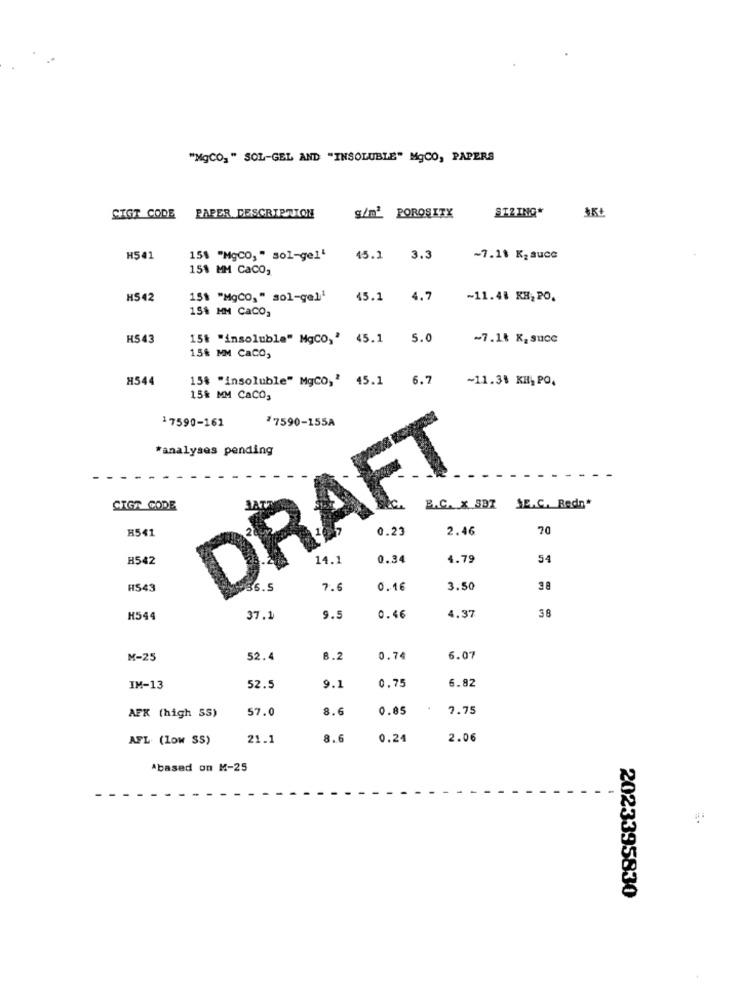
"MgCO, " SOL-GEL AND "INSOLUBLE" MgCO, PAPERS
STRING*
AR
SIGT CODE
PAPER DESCRIPTION
g/m2 POROSITY
H541
15% "MgCO," sol-gel'
45.1 3.3
~7.18 K2 auce
15% MM CaCO,
H542
15% "MgCO," sol-gel1
45.1
4.7
~11.48 KH; PO.
15% MM CaCO,
H543
15t "insoluble" MgCO,' 45.1 5.0
~7.18 K, succ
15% MM CaCO,
H544
15% "insoluble" MgCO,' 45.1 6.7
~11.34 KH, PO,
15% MM CaCO,
17590-161
27590-155A
*analyses pending
DRAFT
CIGT CODE
B.C. X SDZ LE.C. Redn*
H541
0.23
2.46
70
B542
14.1
0.34
4.79
54
H543
36 .!
7.6
0.16
3.50
38
H544
37.1
9.5
0.46
4.37
M-25
52.4
8.2
0.74
6.07
0.75
6.82
IM-13
52.5
9.1
57.0
8.6
0.85
7.75
AFK (high SS)
AFL (low SS)
21.1
8.6
0.24
2.06
Abased on M-25
2023395830